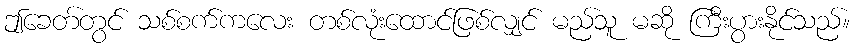
ဤခေတ်တွင် သစ်စက်ကလေး တစ်လုံးထောင်ဖြစ်လျှင် မည်သူ မဆို ကြီးပွားနိုင်သည်။